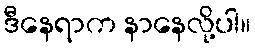
ဒီနေရာက နာနေလို့ပါ။